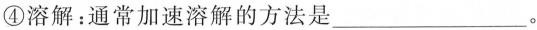
④溶解：通常加速溶解的方法是___。